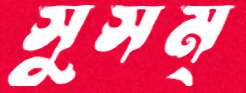
সুসম্